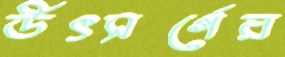
উৎসর্গের